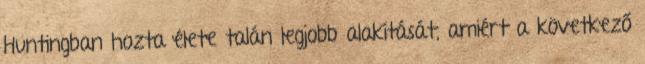
Huntingban hozta élete talán legjobb alakítását, amiért a következő